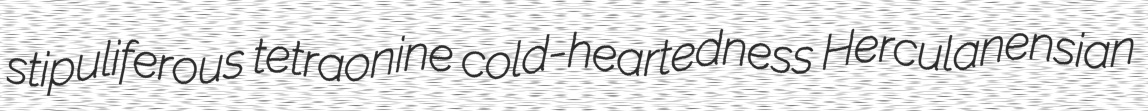
stipuliferous tetraonine cold-heartedness Herculanensian